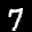
Label: 7